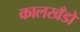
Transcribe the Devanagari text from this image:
कालखँडों